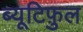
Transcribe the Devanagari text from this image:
ब्यूटिफ़ुल